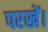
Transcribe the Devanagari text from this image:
परखें।